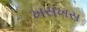
ખસખસ